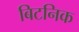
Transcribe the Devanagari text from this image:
बिटनिक